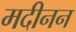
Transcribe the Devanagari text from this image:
मदीनन